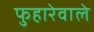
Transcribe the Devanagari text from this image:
फुहारेवाले